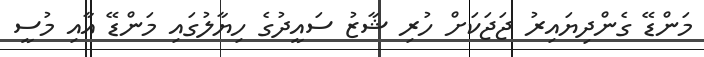
މަންޑޭ ގެންދިޔައިރު ޖަޖަކަށް ހުރި ޝާޒު ސައީދުގެ ހިޔާލުގައި މަންޑޭ އާއި މުސީ